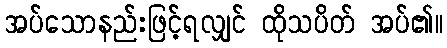
အပ်သောနည်းဖြင့်ရလျှင် ထိုသပိတ် အပ်၏။